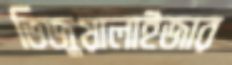
ভিজুয়ালাইজার